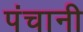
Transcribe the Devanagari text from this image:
पंचानी